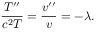
{ \frac { T ^ { \prime \prime } } { c ^ { 2 } T } } = { \frac { v ^ { \prime \prime } } { v } } = - \lambda .